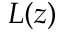
L ( z )